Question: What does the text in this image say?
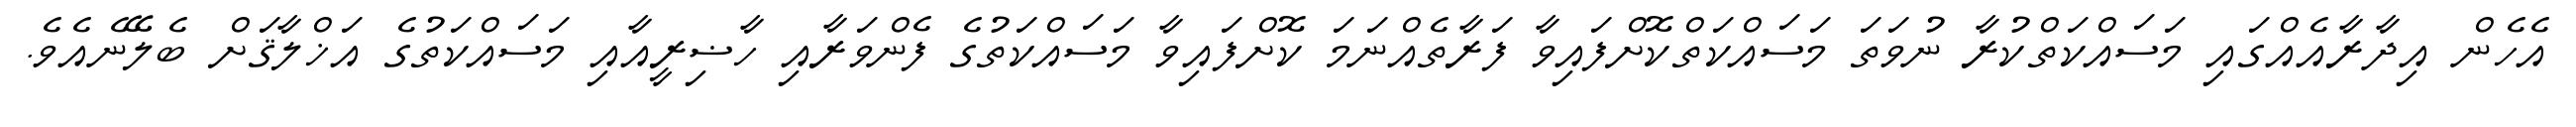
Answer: އެހެން އިދާރާއެއްގައި މަސައްކަތްކުރާ ނުވަތަ މަސައްކަތްކޮށްފައިވާ ފަރާތެއްނަމަ ކޮށްފައިވާ މަސައްކަތުގެ ފެންވަރާއި ހާޟިރީއާއި މަސައްކަތުގެ އަޚްލާޤަށް ބެލޭނެއެވެ.